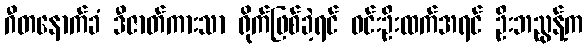
ဂီတနောက်ခံ ဒီဇာတ်ကားသာ ရိုက်ဖြစ်ခဲ့ရင် ဝင်းဦးထက်အရင် ဦးဘညွန့်က